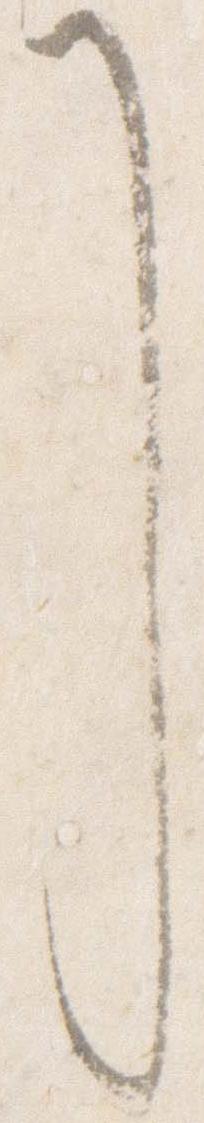
了